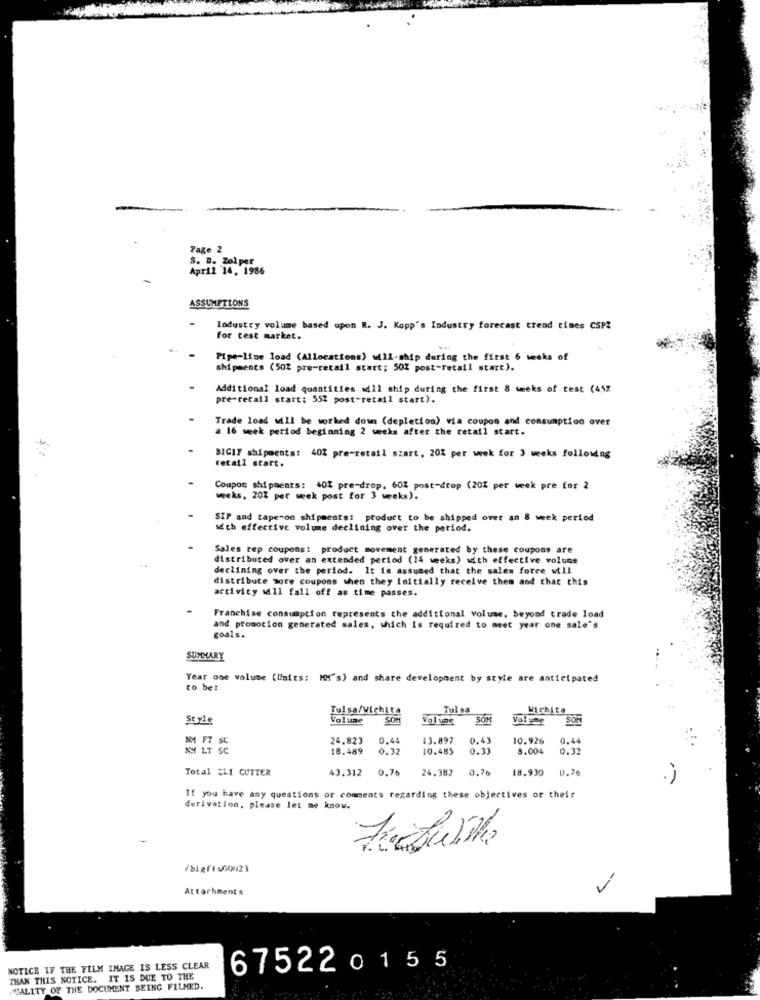
Page 2
S. D. Zol per
April 14, 1986
ASSUMPTIONS
Industry volume based upon R. J. Kopp's Industry forecast trend tines CSPZ
for test market.
Pipe-line load (Allocations) will-ship during the first 6 weeks of
shipments (50% pre-retail start; 50% post-retail start).
Additional load quantities .dll ship during the first 8 weeks of test (452
pre-retail start: 552 post-retail start).
Trade load will be worked down (depletion) via coupon and consumption over
a 16 week period beginning 2 weeks after the retail start.
BIGIF shipments: 40% pre-retail szart, 20% per week for 3 weeks following
retail start.
Coupon shipments: 40% pre-drop, 60% post-drop (20% per week pre for 2
weeks, 20% per week post for 3 weeks).
SIP and tape-on shipments: product to be shipped over an & week period
Id th effective volume declining over the period.
Sales rep coupons: product movement generated by these coupons are
distributed over an extended period (14 weeks) with effective volume
declining over the period. It is assumed that the sales force will
distribute more coupons when they initially receive them and that this
activity will fall off as time passes.
Franchise consumption represents the additional volume, beyond trade load
and promotion generated sales, which is required to meet year one sale's
goals.
SUMMARY
Year one volume (Units: ICH's) and share development by style are anticipated
to be!
Tulsa/Wichita
Tul sa
Wichita
Style
Volume
SOM
Vol une
SOM
Volume
SOM
NM FT
24.823
0,44
13.897
0.43
10.926
0.44
XM LT SC
18.489
0.32
10.485
0.33
8.004
0.32
Total ELI CUTTER
43.312
0.76
24.382
0.76
18.930
0.76
If you have any questions or comments regarding these objectives or their
derivation, please let me know.
/bigfis60023
-7
Attachments
NOTICE IF THE FILM IMAGE IS LESS CLEAR
675220155
THAN THIS NOTICE. IT IS DUE TO THE
VALITY OF THE DOCUMENT BEING FILMED.